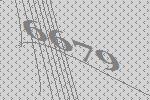
6679